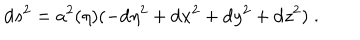
\mathrm { d } s ^ { 2 } = a ^ { 2 } ( \eta ) ( - \mathrm { d } \eta ^ { 2 } + \mathrm { d } x ^ { 2 } + \mathrm { d } y ^ { 2 } + \mathrm { d } z ^ { 2 } ) \; .